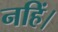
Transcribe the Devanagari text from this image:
नहिं।